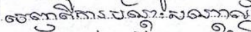
ចេញពីការបណ្តុះបណ្តាល